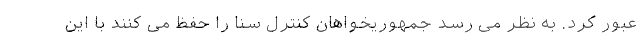
عبور کرد. به نظر می رسد جمهوریخواهان کنترل سنا را حفظ می کنند با این